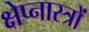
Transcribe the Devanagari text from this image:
क्षेप्नास्त्रों